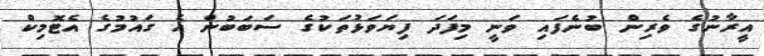
އީރާނުގެ ވެރިން ބުނެފައި ވަނީ މިފަދަ ފިޔަވަޅުތަކުގެ ސަބަބުން އެ ގައުމުގެ އެޓޮމިކް